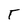
Character: T